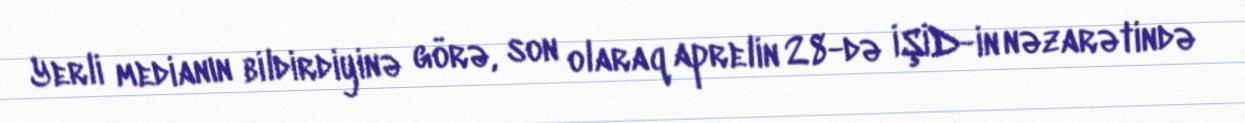
Yerli medianın bildirdiyinə görə, son olaraq aprelin 28-də İŞİD-in nəzarətində